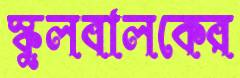
স্কুলবালকের